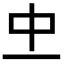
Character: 𠀐